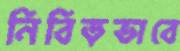
নিবিড়ভাবে